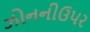
ઝોનનીઉપર